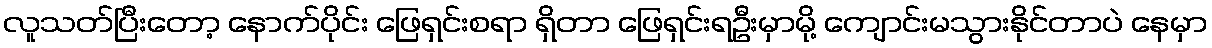
လူသတ်ပြီးတော့ နောက်ပိုင်း ဖြေရှင်းစရာ ရှိတာ ဖြေရှင်းရဦးမှာမို့ ကျောင်းမသွားနိုင်တာပဲ နေမှာ